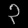
Digit: ၃